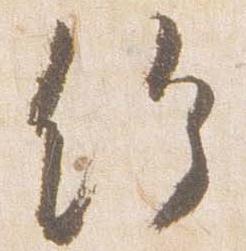
給